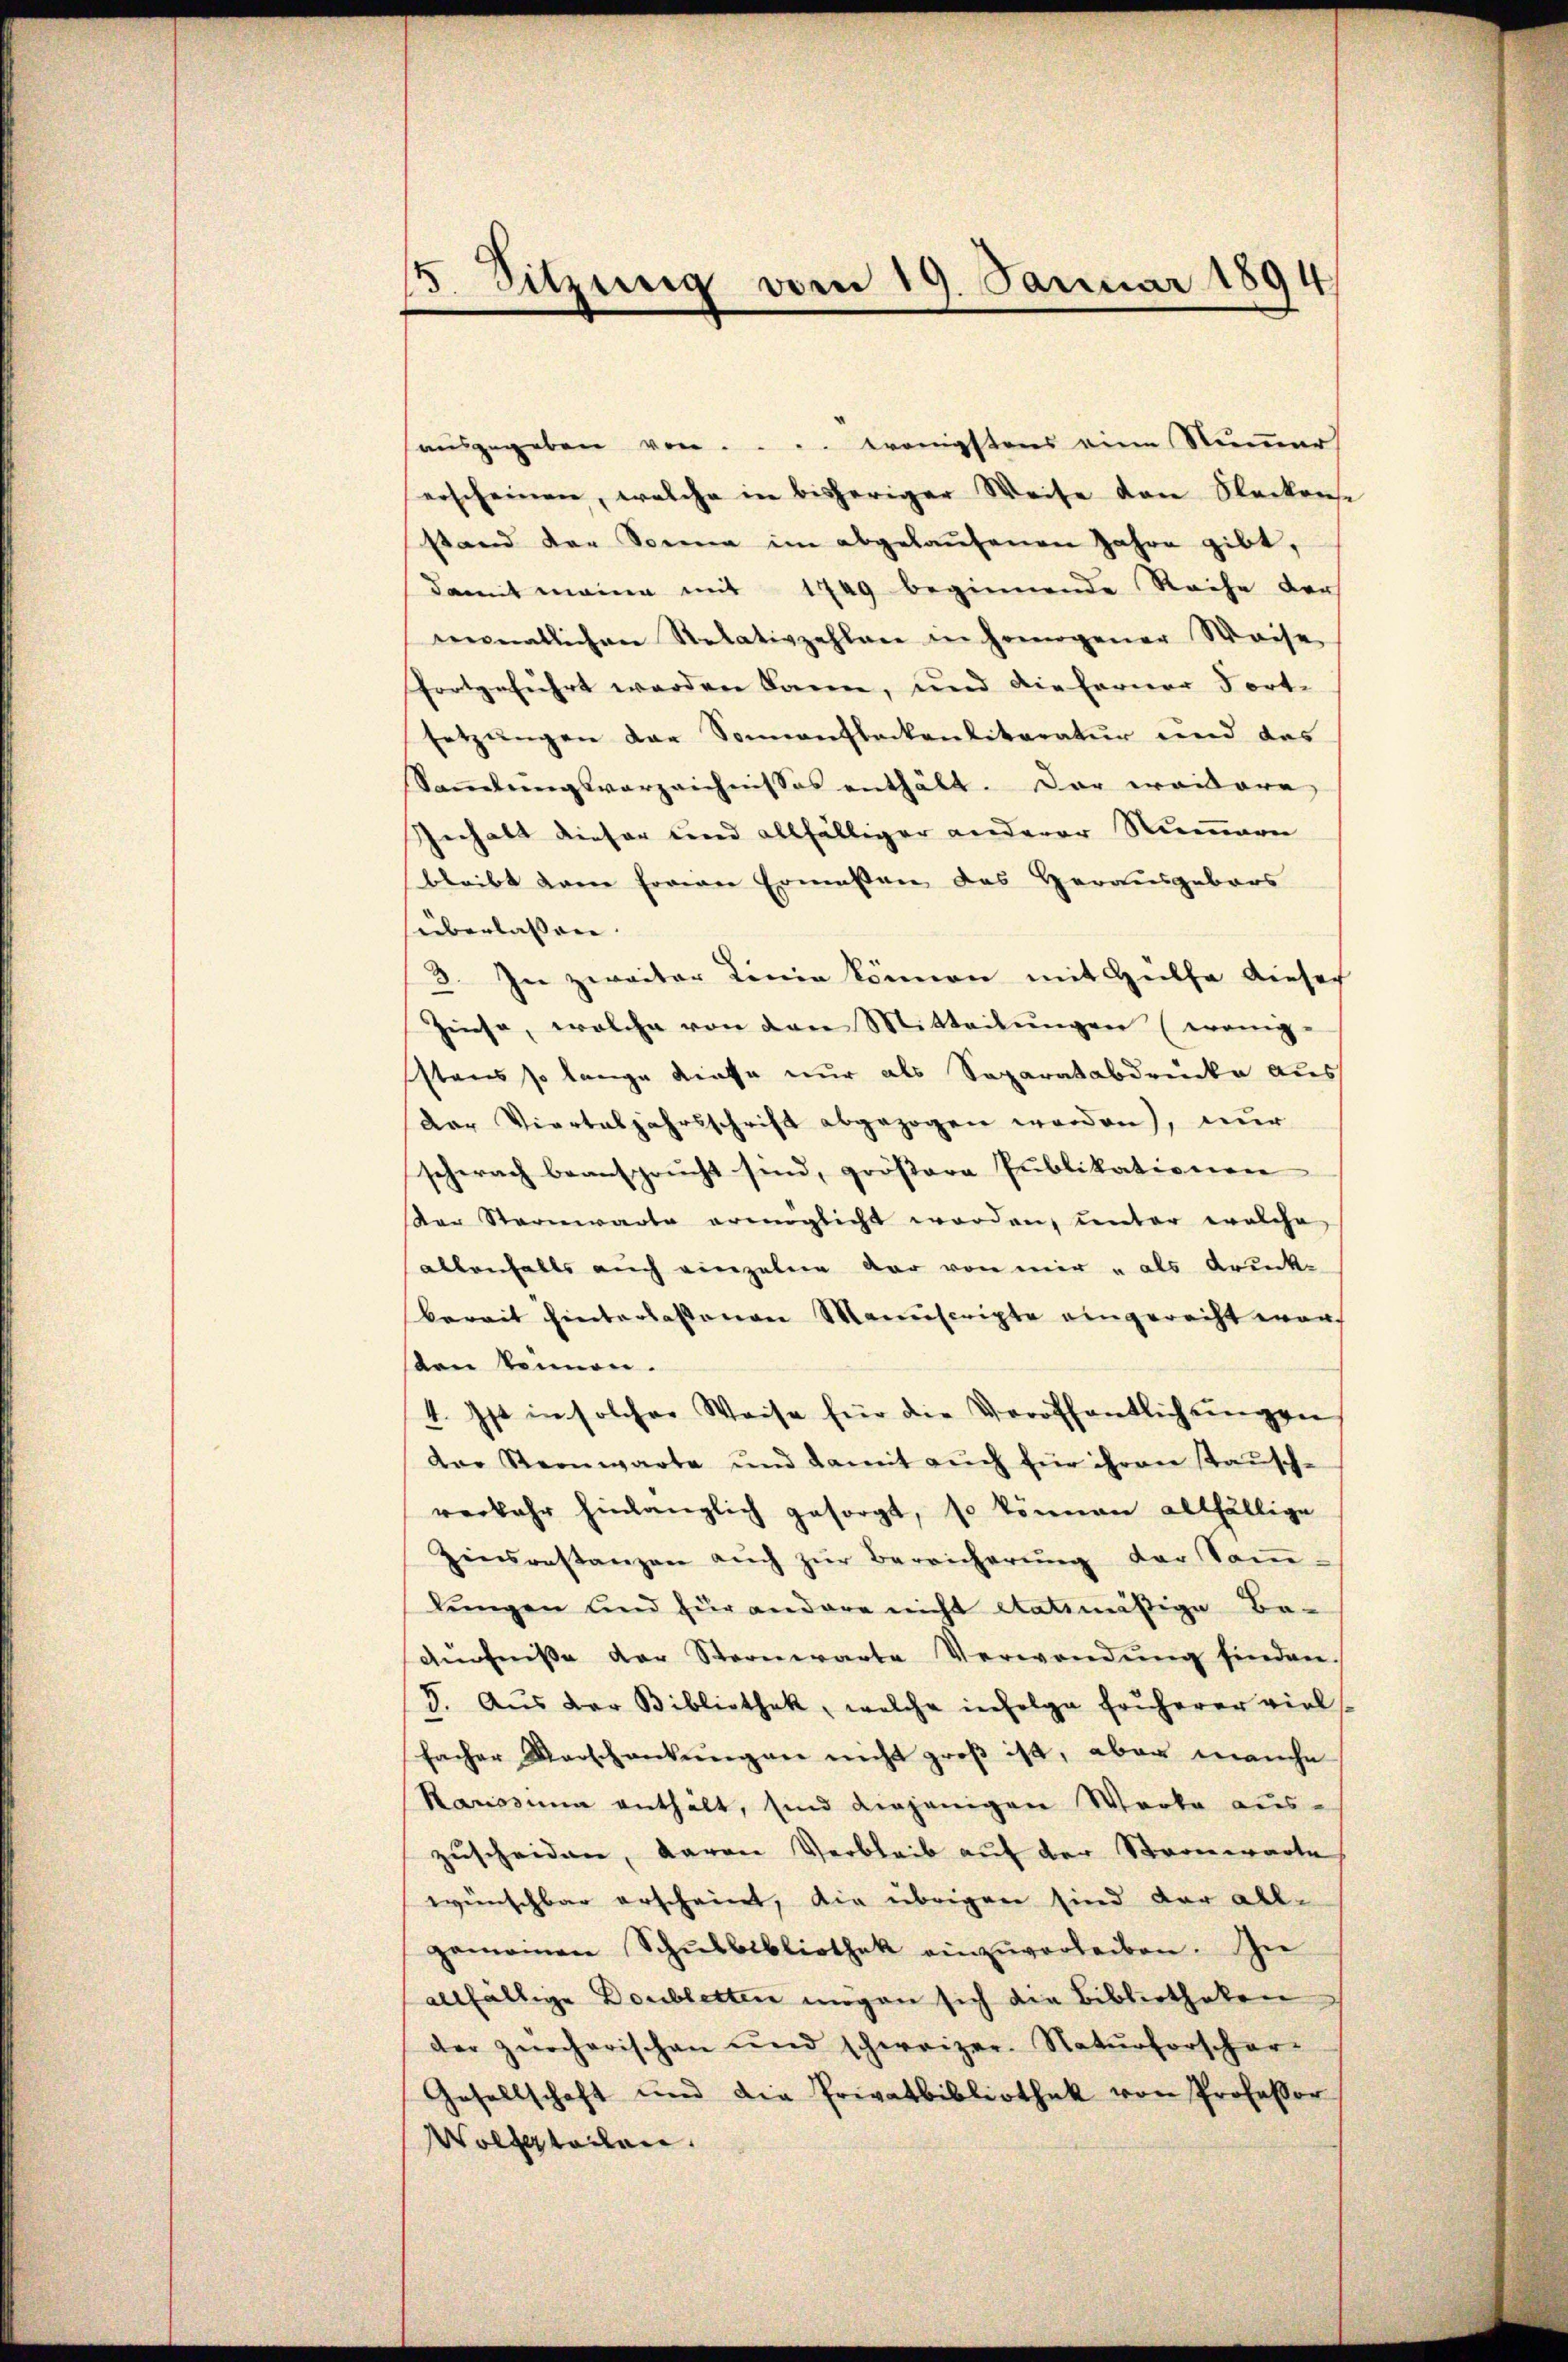
15. Sitzung vom 19. Januar 1894

ausgegeben von . . .. Königstens eine Numer
erscheinen, welche in bisheriger Weise den Steckens
stand der Sonna im abgelaŭfenen Jahre gibt,
damit meine mit 1749 beginnende Reihe der
monatlichen Relativzahlen in homogener Waise
fortgeführt werden kann, und die ferner Fort-
setzungen der Sonnenfleckenliteratur und des
Saṁlŭngsverzeichnisses enthält. Der erwidere
Inhalt dieser und allfälliger anderer Nummern
bleibt dem Ernen Ermessen das Herausgebors
überlassen. |
3. In zweiter Linie können mit Hülfe dieser
Zinse, welche von den Mitteilungen (wenig-
stens so lange diese nur als Separatabdrücke aus
Der Vierteljahrsschrift abgezogen worden), nur
schwach beansprucht sind, größere Publikationen
ar Sternwarte ermöglicht worden, unter welche
allenfalls auch einzelne dar von mir u als druckbereit hinterlassenen Manuscripte eingerecht worsten können.
4. Ist in solcher Weise für die Veröffentlichungen
Der Sternwarte und damit auch für ihren stausch-
verbahr hinlänglich gesorgt, so können allfällige
Zinsrestanzen aŭch zŭr Bereicherŭng der Som-
lŭngen und für andere nicht datmäßige Be-
dürfniße der Sternwarte Verwendŭng finden.
D. Aus der Bibliothek, welche infolge früherer vielsfacher Verschenkungen nicht groß ist, aber manche
Ranosina enthält, sind diejenigen Werke aus-
zuscheiden, daran Verbleib auf der Stronwarte
wünschbar erscheint, die übrigen sind der all-
gemeinen Schŭlbibliothek einzŭverleiben. In
allfällige Doubletten mögen sich die Bibliotheken
der zürcherischen und schweizer. Naturforscher-
Gesellschaft und die Privatbibliothek von Professor
Volfstellen.